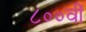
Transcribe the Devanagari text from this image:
८००वीं